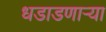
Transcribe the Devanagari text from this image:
धडाडणाऱ्या